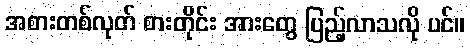
အစားတစ်လုတ် စားတိုင်း အားတွေ ပြည့်လာသလို ပင်။